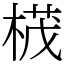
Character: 𣕚